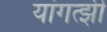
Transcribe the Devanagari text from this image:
यांगत्झी